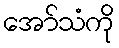
အော်သံကို